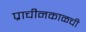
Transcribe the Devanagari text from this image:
प्राचीनकाळची